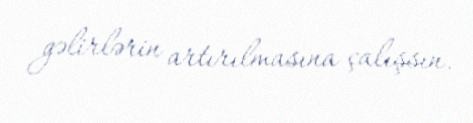
gəlirlərin artırılmasına çalışsın.